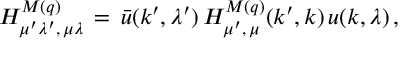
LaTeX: { \cal H } _ { \mu ^ { \prime } \lambda ^ { \prime } , \, \mu \lambda } ^ { M ( q ) } \, = \, \bar { u } ( k ^ { \prime } , \lambda ^ { \prime } ) \, H _ { \mu ^ { \prime } , \, \mu } ^ { M ( q ) } ( k ^ { \prime } , k ) \, u ( k , \lambda ) \, ,